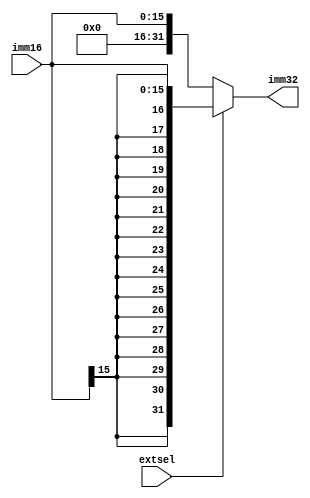
`timescale 1ns / 1ps
//////////////////////////////////////////////////////////////////////////////////
// Company: 
// Engineer: 
// 
// Design Name: 
// Module Name: extend_16
// Project Name: 
// Target Devices: 
// Tool Versions: 
// Description: 
// 
// Dependencies: 
// 
// Revision:
// Revision 0.01 - File Created
// Additional Comments:
// 
//////////////////////////////////////////////////////////////////////////////////


module extend_16(
        imm16,extsel,imm32
    );
    input [15:0]imm16;
    input extsel;
    output [31:0]imm32;
    assign imm32 = extsel? {{16{imm16[15]}},imm16}:{16'b0,imm16};

endmodule